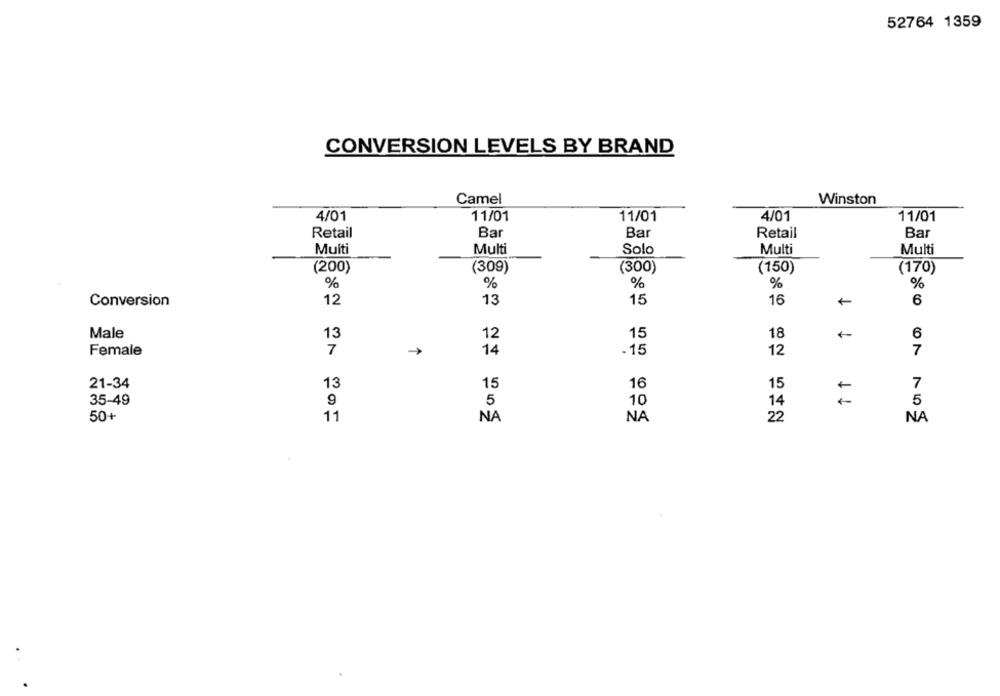
52764 1359
CONVERSION LEVELS BY BRAND
Camel
Winston
4/01
4/01
11/01
11/01
11/01
Retail
Bar
Bar
Retail
Bar
Multi
Multi
Solo
Multi
Multi
(200)
(309)
(300)
(150)
(170)
%
%
%
%
%
Conversion
12
13
15
16
6
Male
13
18
12
15
6
Female
7
14
-15
12
7
21-34
13
15
16
15
7
35-49
9
5
10
14
11
5
50+
11
NA
NA
22
NA